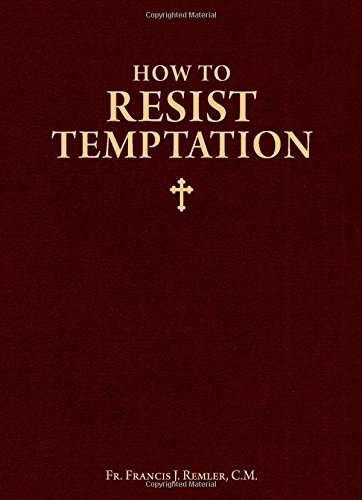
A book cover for How to Resist Temptation; Francis J. Remler; Christian Books & Bibles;